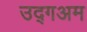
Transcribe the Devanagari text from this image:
उद्गअम